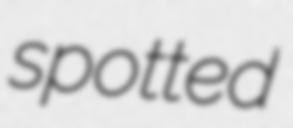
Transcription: spotted